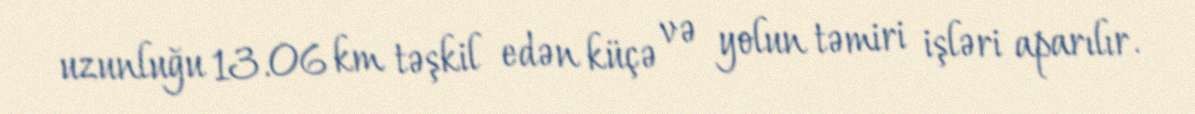
uzunluğu 13.06 km təşkil edən küçə və yolun təmiri işləri aparılır.